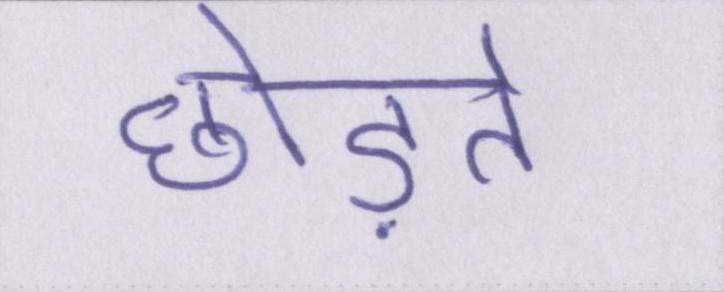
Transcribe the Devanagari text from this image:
छोड़ते